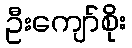
ဦးကျော်စိုး